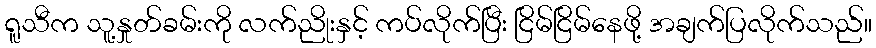
ရူသီက သူ့နှုတ်ခမ်းကို လက်ညိုးနှင့် ကပ်လိုက်ပြီး ငြိမ်ငြိမ်နေဖို့ အချက်ပြလိုက်သည်။